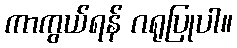
ကာကွယ်ရန် ဂရုပြုပါ။